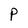
Character: P